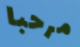
مرحبا